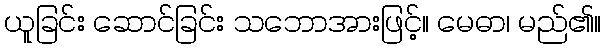
ယူခြင်း ဆောင်ခြင်း သဘောအားဖြင့်။ မေဓာ၊ မည်၏။